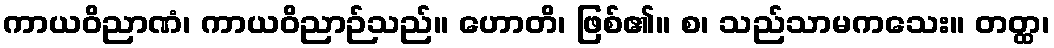
ကာယဝိညာဏံ၊ ကာယဝိညာဉ်သည်။ ဟောတိ၊ ဖြစ်၏။ စ၊ သည်သာမကသေး။ တတ္ထ၊